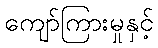
ကျော်ကြားမှုနှင့်